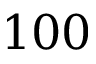
1 0 0